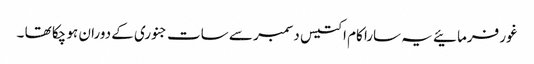
غور فرمائیے یہ سارا کام اکتیس دسمبر سے سات جنوری کے دوران ہو چکا تھا ۔